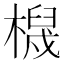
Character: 𱤖